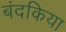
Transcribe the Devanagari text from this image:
बंदकिया